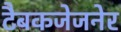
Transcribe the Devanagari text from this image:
टैबकजेजनेर